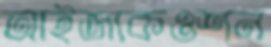
আইজাকওশন